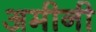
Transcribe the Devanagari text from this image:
अमीनी